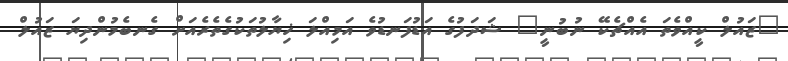
"ޒައުލް ކީއްވެތަ އެއްޗެކޭ ނުބުނީ" ޝަދަފުގެ އަޑުފަނޑުވެ އަމިއްލަ ޚިޔާލުތަކުގެތެރެއަށް ގެނބެމުންދިޔަ ޒައުލް